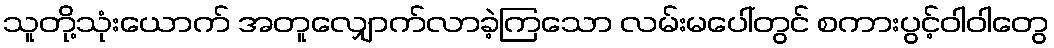
သူတို့သုံးယောက် အတူလျှောက်လာခဲ့ကြသော လမ်းမပေါ်တွင် စကားပွင့်ဝါဝါတွေ